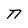
Character: n